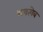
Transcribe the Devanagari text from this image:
भवत्येव